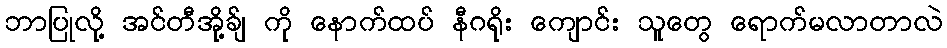
ဘာပြုလို့ အင်တီအို့ခ်ျ ကို နောက်ထပ် နီဂရိုး ကျောင်း သူတွေ ရောက်မလာတာလဲ